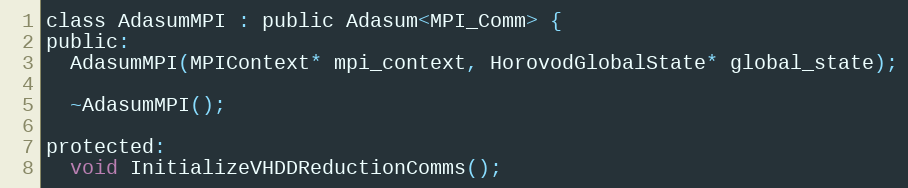
Language: C
class AdasumMPI : public Adasum<MPI_Comm> {
public:
  AdasumMPI(MPIContext* mpi_context, HorovodGlobalState* global_state);

  ~AdasumMPI();

protected:
  void InitializeVHDDReductionComms();